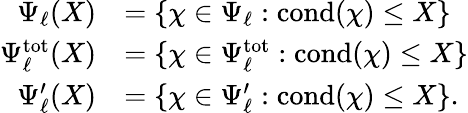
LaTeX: \begin{array}{rl}{\Psi_{\ell}(X)}&{=\{ \chi\in\Psi_{\ell}:\mathrm{cond}(\chi)\leq X\} }\\ {\Psi_{\ell}^{\mathrm{tot}}(X)}&{=\{ \chi\in\Psi_{\ell}^{\mathrm{tot}}:\mathrm{cond}(\chi)\leq X\} }\\ {\Psi_{\ell}^{\prime}(X)}&{=\{ \chi\in\Psi_{\ell}^{\prime}:\mathrm{cond}(\chi)\leq X\} .}\end{array}